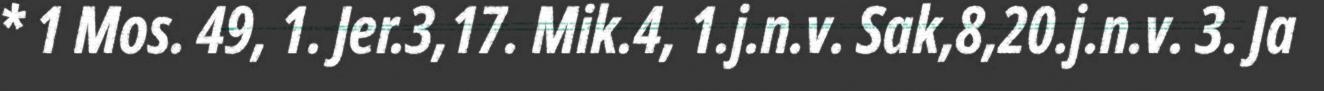
* 1 Mos. 49, 1. Jer.3,17. Mik.4, 1.j.n.v. Sak,8,20.j.n.v. 3. Ja